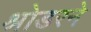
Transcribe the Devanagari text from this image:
श्रोडरने